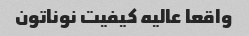
واقعا عالیه کیفیت نوناتون